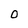
Character: 0